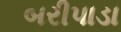
બરીપાડા